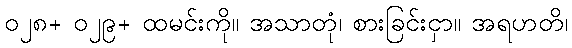
၀၂၈+ ၀၂၉+ ထမင်းကို။ အသာတုံ၊ စားခြင်းငှာ။ အရဟတိ၊